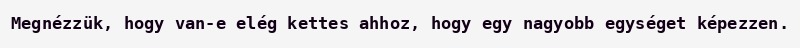
Megnézzük, hogy van-e elég kettes ahhoz, hogy egy nagyobb egységet képezzen.